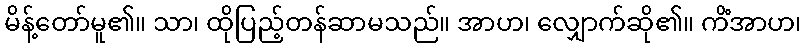
မိန့်တော်မူ၏။ သာ၊ ထိုပြည့်တန်ဆာမသည်။ အာဟ၊ လျှောက်ဆို၏။ ကိံအာဟ၊